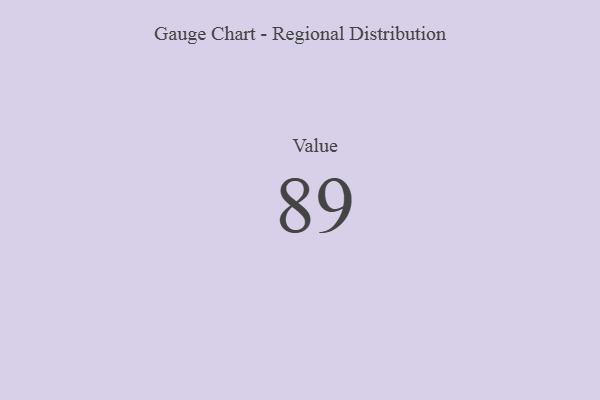
{"axis": {"x": "Metric", "y": "Value"}, "legend": [""], "data": [{"x": "Value", "y": 89, "type": ""}]}